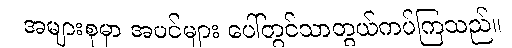
အများစုမှာ အပင်များ ပေါ်တွင်သာတွယ်ကပ်ကြသည်။